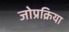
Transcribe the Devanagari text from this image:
जोप्रक्रिया